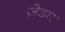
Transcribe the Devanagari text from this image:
ज़ेडार